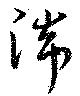
湍